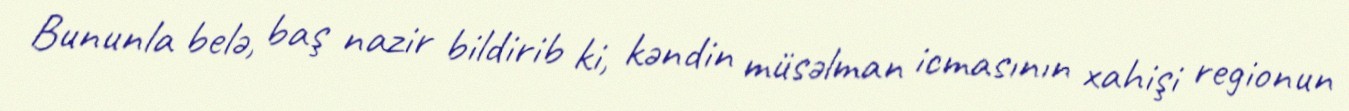
Bununla belə, baş nazir bildirib ki, kəndin müsəlman icmasının xahişi regionun